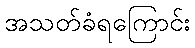
အသတ်ခံရကြောင်း